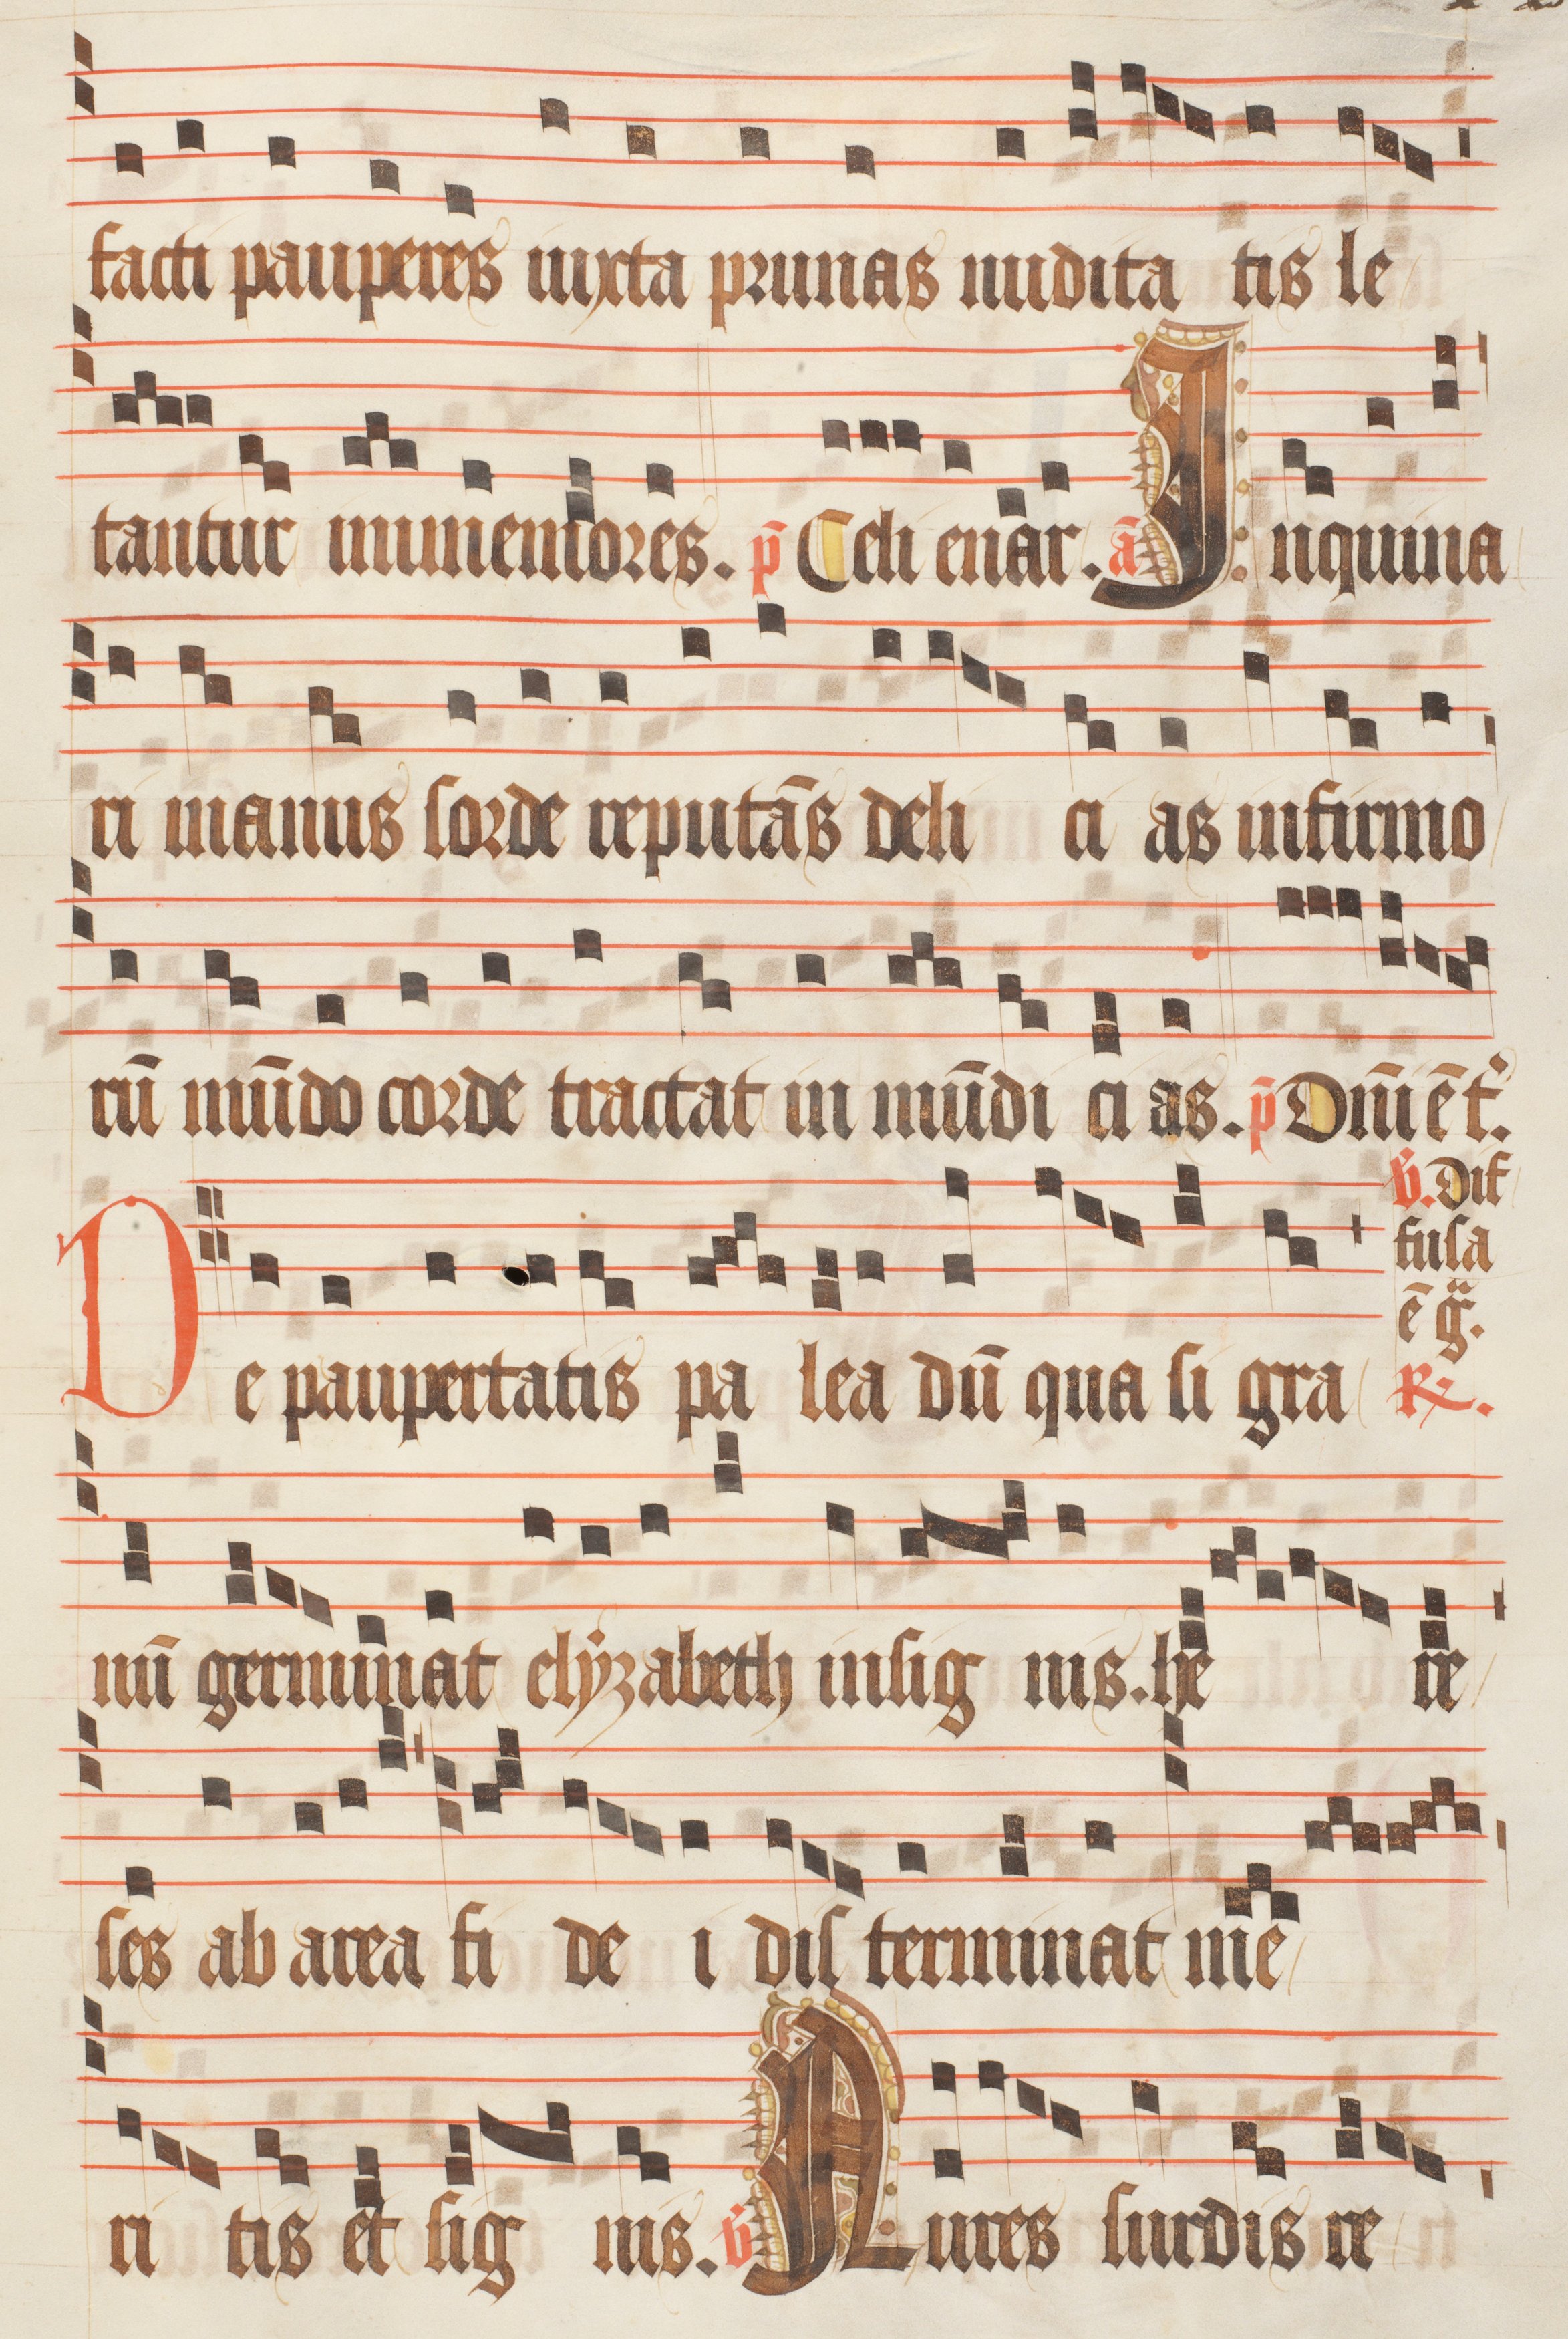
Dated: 1470–1505